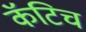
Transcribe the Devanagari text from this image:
कॅटिच